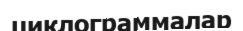
циклограммалар